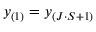
y _ { ( 1 ) } = y _ { ( J \cdot S + 1 ) }